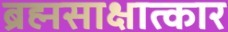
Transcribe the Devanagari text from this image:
ब्रह्मसाक्षात्कार